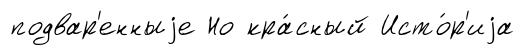
подвар'енныjе Но кра́сный Исто́р'иjа